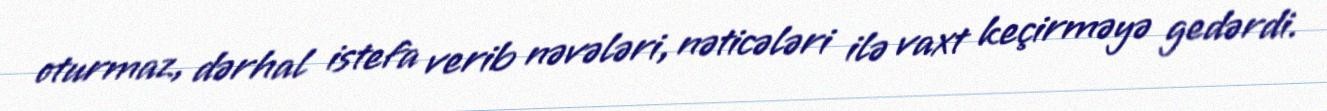
oturmaz, dərhal istefa verib nəvələri, nəticələri ilə vaxt keçirməyə gedərdi.